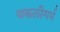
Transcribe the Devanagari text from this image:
थकलीगर्भ